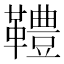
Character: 䪆